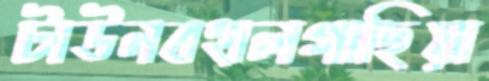
টাউনবহালগাছিয়া